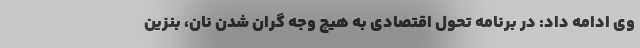
وی ادامه داد: در برنامه تحول اقتصادی به هیچ وجه گران شدن نان، بنزین